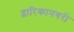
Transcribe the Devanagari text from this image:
द्वारिकानगरी